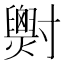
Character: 𡭓